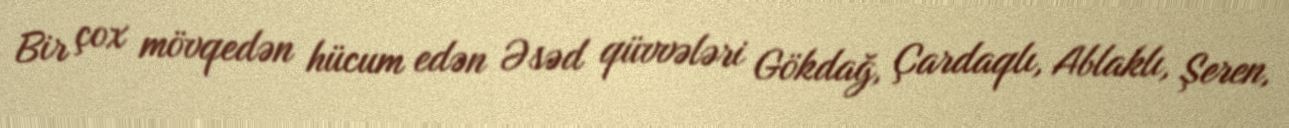
Bir çox mövqedən hücum edən Əsəd qüvvələri Gökdağ, Çardaqlı, Ablaklı, Şeren,